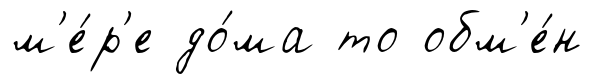
м'е́р'е до́ма то обм'е́н